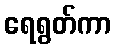
ရေရွတ်ကာ